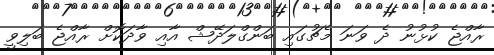
ރާއްޖެ ކުޅުނު ދެ ވަނަ މެޗުގައި ބަންގްލަދޭޝް އާއި ވާދަކޮށް ރާއްޖެ ބަލިވީ